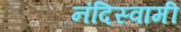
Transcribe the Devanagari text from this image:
नंदिस्वामी